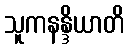
သူကနန္ဒိယာတိ